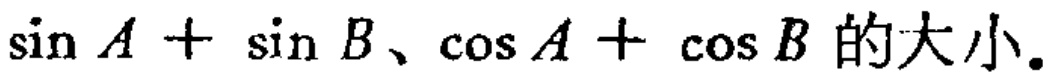
$\sin A+\sin B、\cos A+\cos B$的大小。